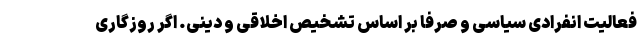
فعالیت انفرادی سیاسی و صرفا بر اساس تشخیص اخلاقی و دینی. اگر روزگاری